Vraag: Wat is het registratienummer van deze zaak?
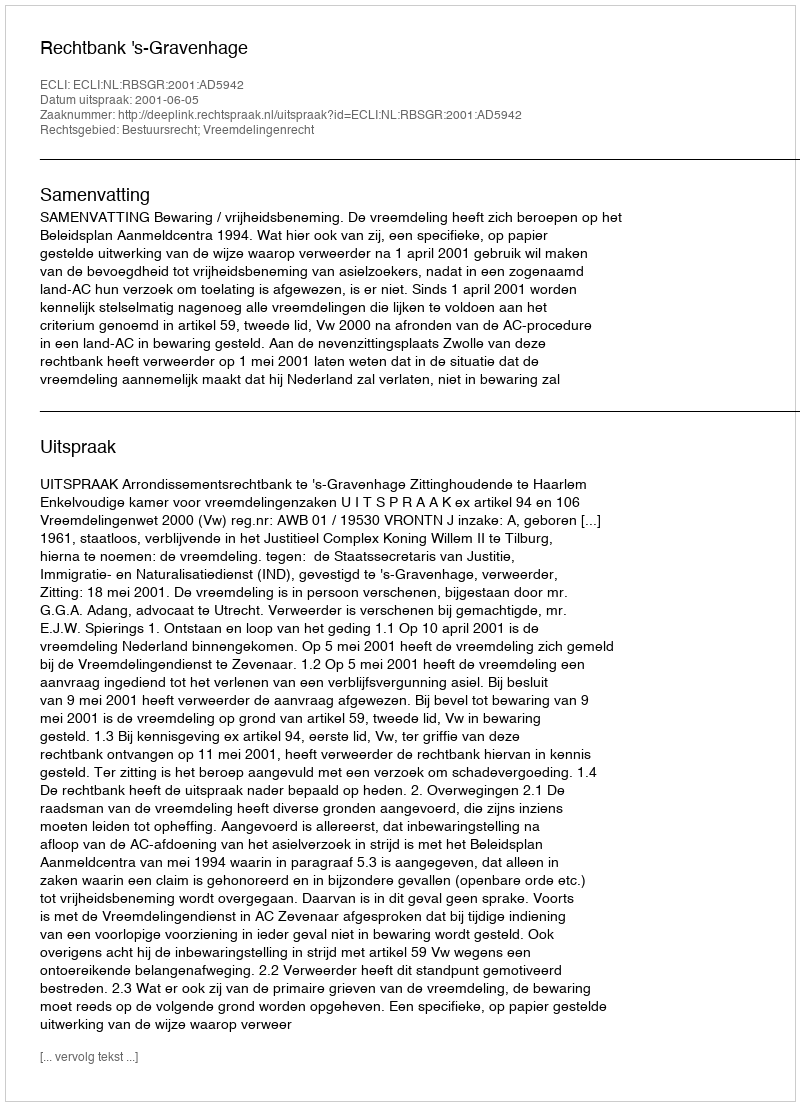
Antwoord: http://deeplink.rechtspraak.nl/uitspraak?id=ECLI:NL:RBSGR:2001:AD5942